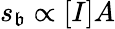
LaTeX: s_{\mathfrak{b}}\propto[I]A